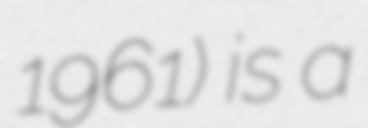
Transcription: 1961) is a